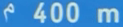
400 m